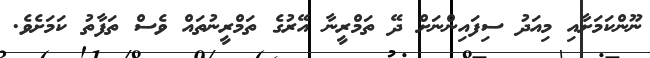
ނޫންކަމަށާއި މިއަދު ސިފައިންނަށް ދޭ ތަމްރީނާ އޭރުގެ ތަމްރީނުތައް ވެސް ތަފާތު ކަމަށެވެ.